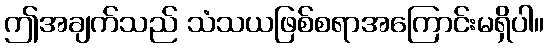
ဤအချက်သည် သံသယဖြစ်စရာအကြောင်းမရှိပါ။